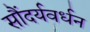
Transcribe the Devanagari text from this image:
सौंदर्यवर्धन